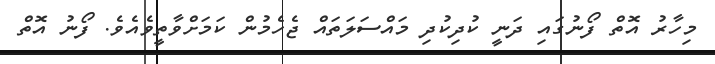
މިހާރު އޮތް ފޯނުގައި ދަނީ ކުދިކުދި މައްސަލަތައް ޖެހެމުން ކަމަށްވާތީވެއެވެ. ފޯނު އޮތް